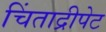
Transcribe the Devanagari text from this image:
चिंताद्रीपेट